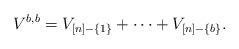
LaTeX: \begin{align*}V^{b,b}=V_{[n]-\{1\}}+\cdots+V_{[n]-\{b\}}.\end{align*}